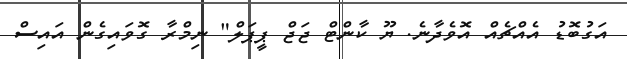
އަގުބޮޑު އެއްޗެއް އޮވެދާނެ. ޔޫ ކާންޓް ޖަޖް ޕީޕަލް" ނިމްރާ ގޮވައިގެން އައިސް